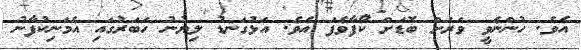
އެވެ. ހުންނެވީ ވަރަށް ބޮޑަށް ކޯފާވެފަ އެވެ. އަޅުގަނޑު ލިޔުނު ހަބަރުގައި އެމަނިކުފާނު